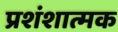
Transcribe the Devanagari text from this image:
प्रशंशात्मक